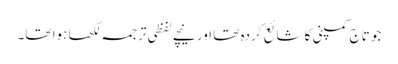
جو تاج کمپنی کا شائع کردہ تھا اور نیچے لفظی ترجمہ لکھا ہوا تھا۔